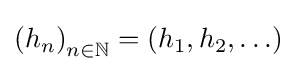
\left(h_{n}\right)_{n\in \mathbb {N} }=\left(h_{1},h_{2},\ldots \right)